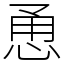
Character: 恿